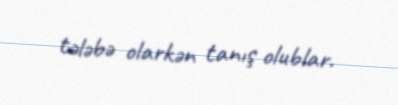
tələbə olarkən tanış olublar.